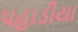
પહાડીયા